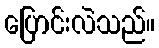
ပြောင်းလဲသည်။